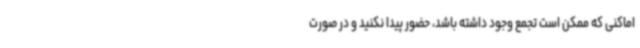
اماکنی که ممکن است تجمع وجود داشته باشد، حضور پیدا نکنید و در صورت